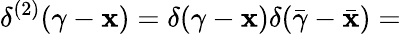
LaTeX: \delta^{(2)}(\gamma-\mathbf{x})=\delta(\gamma-\mathbf{x})\delta(\bar{{\gamma}}-\bar{{\mathbf{x}}})=